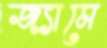
জ্যামে